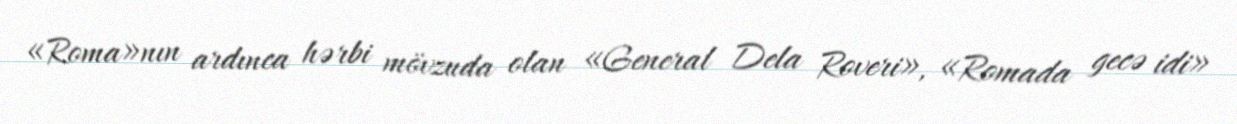
«Roma»nın ardınca hərbi mövzuda olan «General Dela Roveri», «Romada gecə idi»